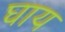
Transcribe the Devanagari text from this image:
घाय